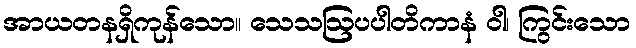
အာယတနရှိကုန်သော။ သေသဩပပါတိကာနံ ဝါ၊ ကြွင်းသော